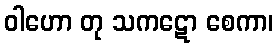
ဝါဟော တု သကဋော စေကာ၊